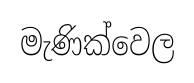
මැණික්වෙල